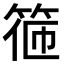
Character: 𥮃